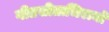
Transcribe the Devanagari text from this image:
गीतसीताभिरामो